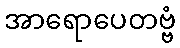
အာရောပေတဗ္ဗံ